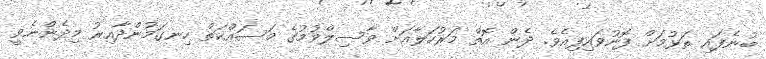
ބުނެފައި ތަޅުމަށް ފޮނުވައިފިއެވެ. ދެން އޮތް މަރުހަލާއަށް ވާސިލްވުމުގެ މަސައްކަތް ހިނގަމުންދާއިރު މިދެންނެވީ